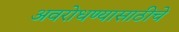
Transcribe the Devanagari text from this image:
अवरोधण्यासाठीचे